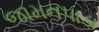
જામનપાડા